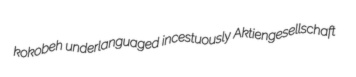
kokobeh underlanguaged incestuously Aktiengesellschaft